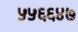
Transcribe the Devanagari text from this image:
५५६६४७